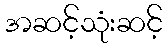
အဆင့်သုံးဆင့်